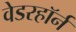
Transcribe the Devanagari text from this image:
वेडरहॉर्न